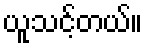
ယူသင့်တယ်။